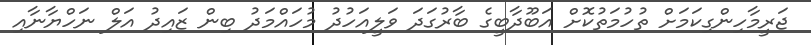
ޖަރީމާހިންގިކަމަށް ތުހުމަތުކޮށް އަބޫދާބީގެ ބާރުގަދަ ވަލީއަހުދު މުހައްމަދު ބިން ޒައިދު އަލް ނަހްޔާނާއި